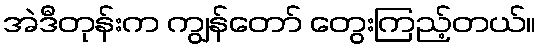
အဲဒီတုန်းက ကျွန်တော် တွေးကြည့်တယ်။